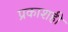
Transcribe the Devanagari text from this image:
प्रकाशही